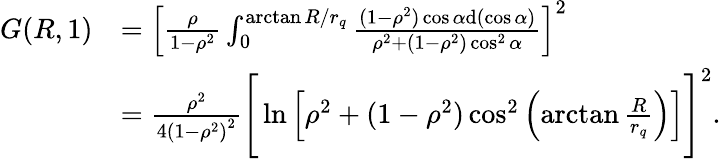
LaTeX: \begin{array}{rl}{G(R,1)}&{=\left[\frac{\rho}{1-\rho^{2}}\int_{0}^{\arctan R/r_{q}}\frac{(1-\rho^{2})\cos\alpha\mathrm{d}(\cos\alpha)}{\rho^{2}+(1-\rho^{2})\cos^{2}\alpha}\right]^{2}}\\ &{=\frac{\rho^{2}}{4\left(1-\rho^{2}\right)^{2}}\Bigg[\ln\left[\rho^{2}+(1-\rho^{2})\cos^{2}\left(\arctan\frac{R}{r_{q}}\right)\right]\Bigg]^{2}.}\end{array}